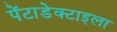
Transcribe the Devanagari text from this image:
पेंटाडेक्टाइला